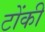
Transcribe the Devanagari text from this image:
टोंकी